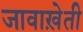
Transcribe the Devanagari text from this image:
जावाख़ेती